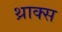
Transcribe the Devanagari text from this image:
थ्राक्स